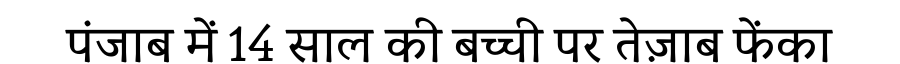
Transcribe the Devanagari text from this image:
पंजाब में 14 साल की बच्ची पर तेज़ाब फेंका